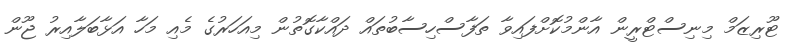
ޓޫރިޒަމް މިނިސްޓްރީން އާންމުކޮށްފައިވާ ތަފާސްހިސާބުތައް ދައްކާގޮތުން މިއަހަރުގެ މެއި މަހާ އަޅާބަލާއިރު ޖޫން